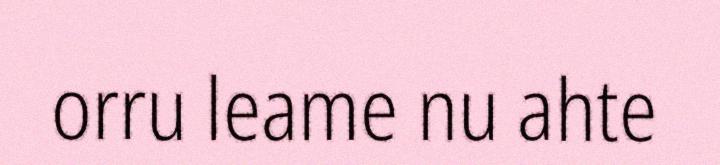
orru leame nu ahte